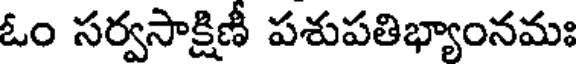
ఓం సర్వసాక్షిణీ పశుపతిభ్యాంనమః